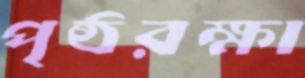
পৃষ্ঠরক্ষা